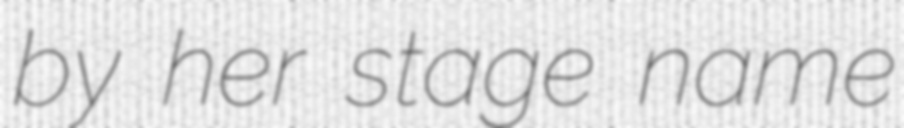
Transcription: by her stage name